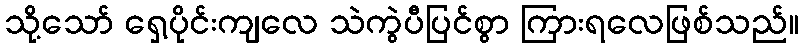
သို့သော် ရှေ့ပိုင်းကျလေ သဲကွဲပီပြင်စွာ ကြားရလေဖြစ်သည်။